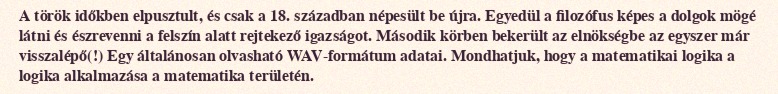
A török időkben elpusztult, és csak a 18. században népesült be újra. Egyedül a filozófus képes a dolgok mögé látni és észrevenni a felszín alatt rejtekező igazságot. Második körben bekerült az elnökségbe az egyszer már visszalépő(!) Egy általánosan olvasható WAV-formátum adatai. Mondhatjuk, hogy a matematikai logika a logika alkalmazása a matematika területén.